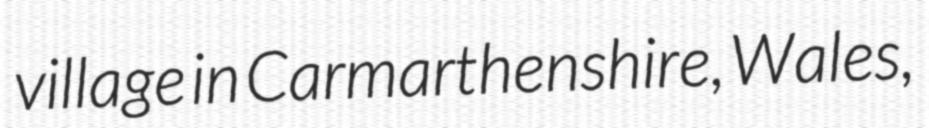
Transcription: village in Carmarthenshire, Wales,